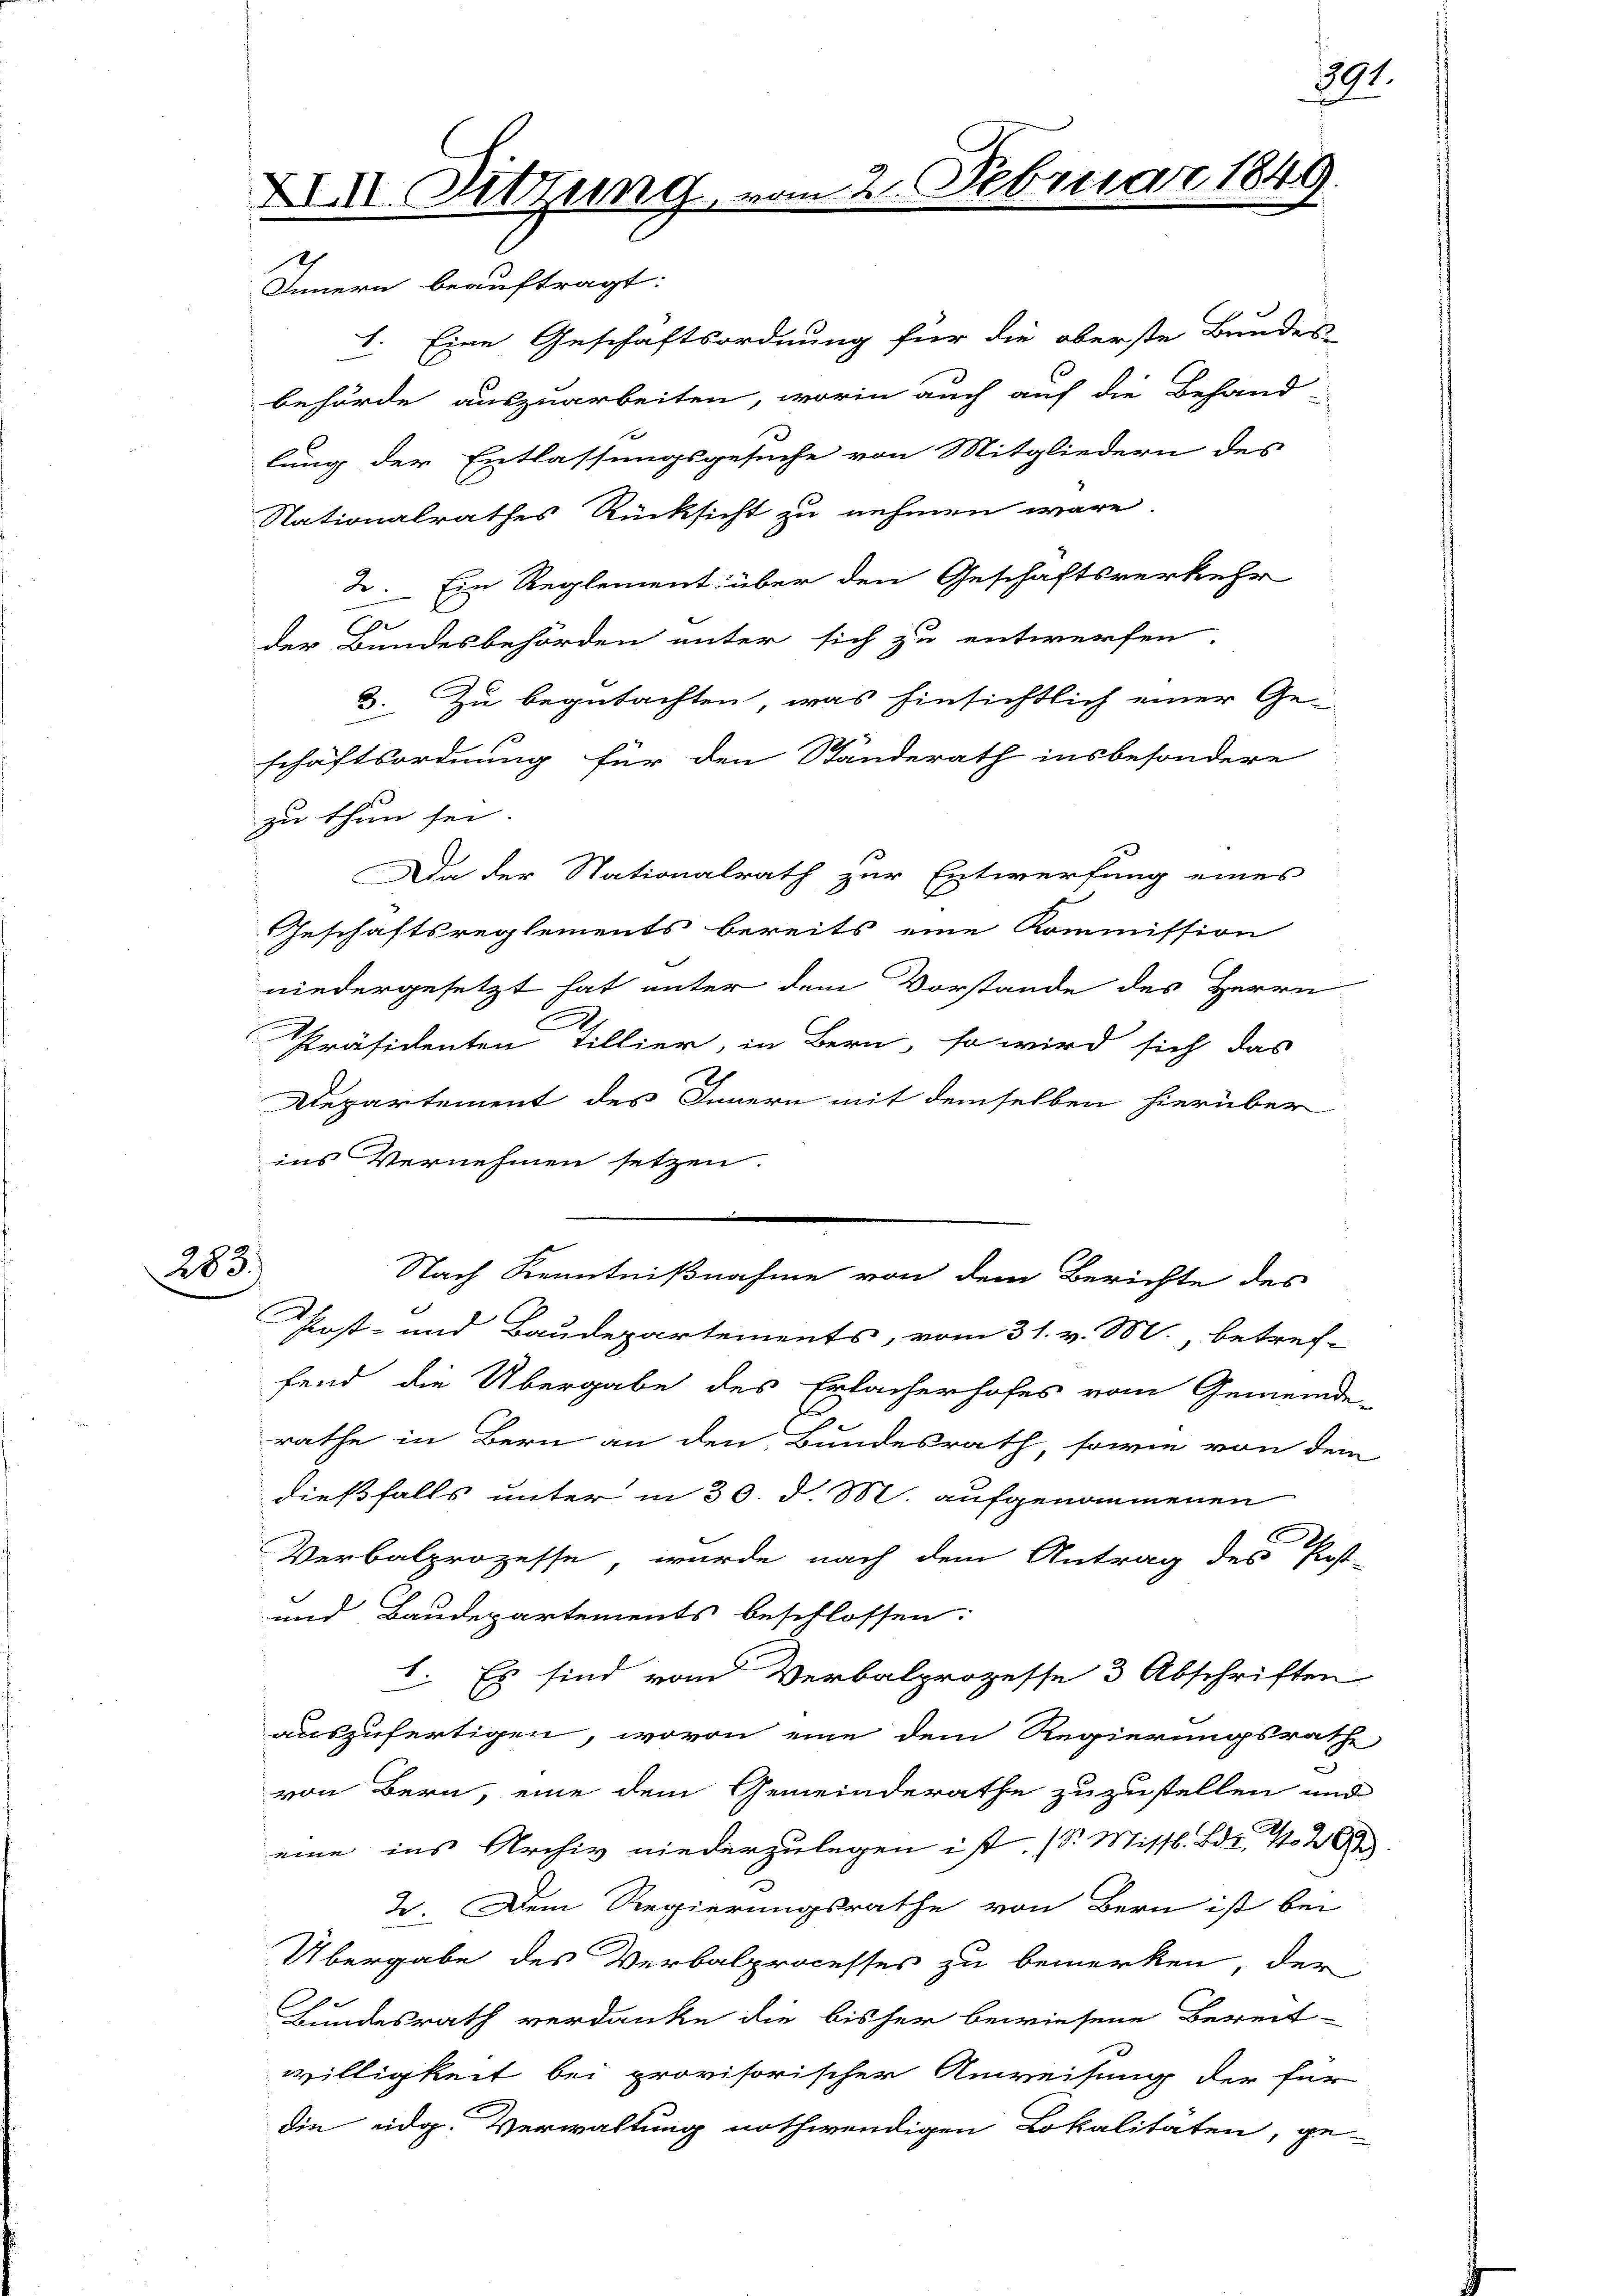
283)

XIII. Sitzung
1

2. Februar 1849.

Innern beauftragt:
1. Eine Geschäftsordnung für die oberste Bundes-
behörde auszuarbeiten, worin auch auf die Behand-
lung der Entlassungsgesuche von Mitgliedern des
Nationalrathes Rücksicht zu nehmen wäre.
2. Ein Reglement über den Geschäftsverkehr
der Bundesbehörden unter sich zu entwerfen.
3. Zu begutachten, was hinsichtlich einer Ge-
schäftsordnung für den Ständerath insbesondere
zu thun sei.
Da der Nationalrath zur Entwerfung eines
Geschaftsreglements bereits eine Kommission
niedergesetzt hat unter dem Vorstande des Herrn
Präsidenten Tillier, in Bern, so wird sich das
Departement des Innern mit demselben hierüber
ins Vernehmen setzen.
Nach Kenntnißnahme von dem Berichte des
Post- und Baudepartements, vom 31. v. M. betref-
fend die Übergabe des Erlacherhofes vom Gemeinde-
rathe in Bern an den Bundesrath, sowie von dem
dießfalls unter in 30. d. M. aufgenommenen
.
Verbalprozesse, wurde nach dem Antrag des Post-
und Baudepartements beschlossen:
1. Es sind vom Verbalprozesse 3 Abschriften
auszufertigen, wovon eine dem Regierungsrathe
von Bern, eine dem Gemeinderathe zuzustellen und
eine ins Archiv niederzulegen ist. (S. Missl. Bd. 126
2. Dem Regierungsrathe von Bern ist bei
Übergabe des Verbalprocesses zu bemerken, der
Bundesrath verdanke die bisher bewiesene Bereit
willigkeit bei provisorischer Anweisung der für
die eidg. Verwaltung nothwendigen Lokalitäten, ge-

891.